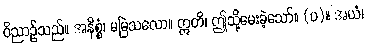
ဝိညာဉ်သည်။ အနိစ္စံ၊ မမြဲသလော။ ဣတိ၊ ဤသို့မေးခဲ့သော်။ (ပ)။ အယံ၊